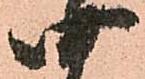
四